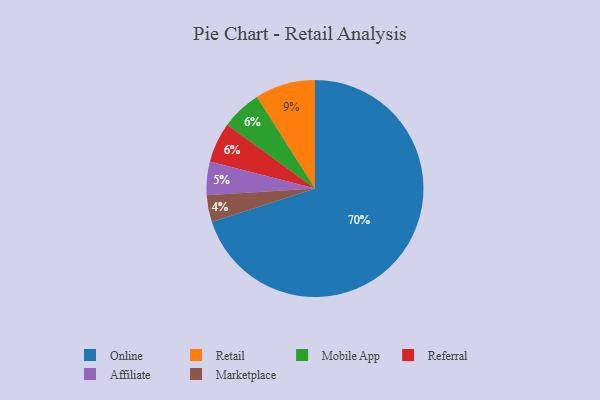
{"axis": {"x": "Category", "y": "Percentage"}, "legend": ["Affiliate", "Marketplace", "Mobile App", "Online", "Referral", "Retail"], "data": [{"x": "Mobile App", "y": 6, "type": "Mobile App"}, {"x": "Affiliate", "y": 5, "type": "Affiliate"}, {"x": "Online", "y": 70, "type": "Online"}, {"x": "Referral", "y": 6, "type": "Referral"}, {"x": "Marketplace", "y": 4, "type": "Marketplace"}, {"x": "Retail", "y": 9, "type": "Retail"}]}